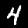
Digit: 4